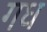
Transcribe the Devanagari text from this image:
गध